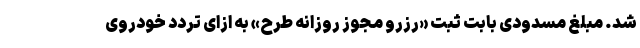
شد. مبلغ مسدودی بابت ثبت «رزرو مجوز روزانه طرح» به ازای تردد خودروی